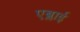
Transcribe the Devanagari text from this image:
एब्लाई